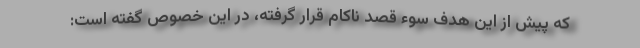
که پیش از این هدف سوء قصد ناکام قرار گرفته، در این خصوص گفته است: